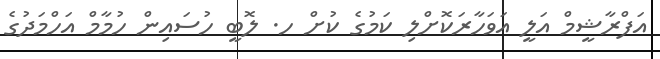
އަފްރާޝީމް އަލީ އަވަހާރަކޮށްލި ކަމުގެ ކުށް ހ. ލޮބީ ހުސައިން ހުމާމް އަހްމަދުގެ